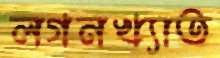
লগনখ্যাত